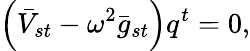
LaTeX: \left(\bar{V}_{st}-\omega^{2}\bar{g}_{st}\right)q^{t}=0,